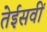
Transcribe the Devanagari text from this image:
तेईसवीं